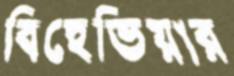
বিহেভিয়ার